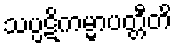
သပ္ပဋိကမ္မာပတ္တီတိ